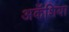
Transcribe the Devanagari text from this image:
अकॅशिया